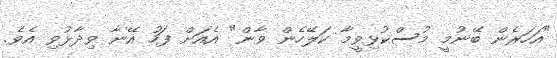
"އަހަރެން ބޭނުމީ މުސްކުޅިވީމާ ކަލޭހެން ވާން" އެއަށް ފަހު އޭނާ ވިދާޅުވި އެވެ.